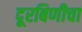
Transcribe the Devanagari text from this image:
दूरबिणीचा